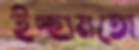
ইচ্ছামতো